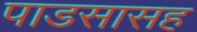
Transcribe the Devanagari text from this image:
पाडसासह